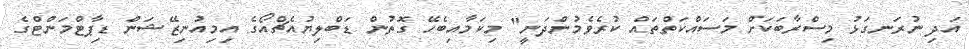
އަދި ނުރަނގަޅު މިސްރާބަކަށް މަސައްކަތްތައް ކުރެވެމުންދަނީ" މިކަމާއިބެހޭ ގޮތުން ޑަބްލިޔުއެޗްއޯގެ އިމިއުނިޒޭޝަން ޑިޕާޓްމަންޓްގެ